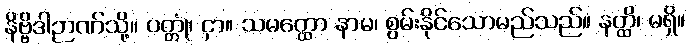
နိဗ္ဗိဒါဉာဏ်သို့။ ပတ္တုံ၊ ငှာ။ သမတ္ထော နာမ၊ စွမ်းနိုင်သောမည်သည်။ နတ္ထိ၊ မရှိ။